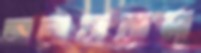
আনোয়ারুল